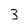
Character: 3